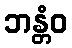
ဘန္တံဝ